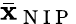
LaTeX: \bar{\mathbf x}_{\mathrm{~N~I~P~}}